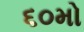
૬૦મો